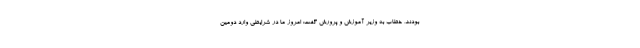
بودند، خطاب به وزیر آموزش و پرورش گفت: امروز ما در شرایطی وارد دومین